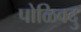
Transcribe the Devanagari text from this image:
पोळिवदु